Preliminary report on the killing of rats and rat fleas by hydrocyanic acid gas - Number 38
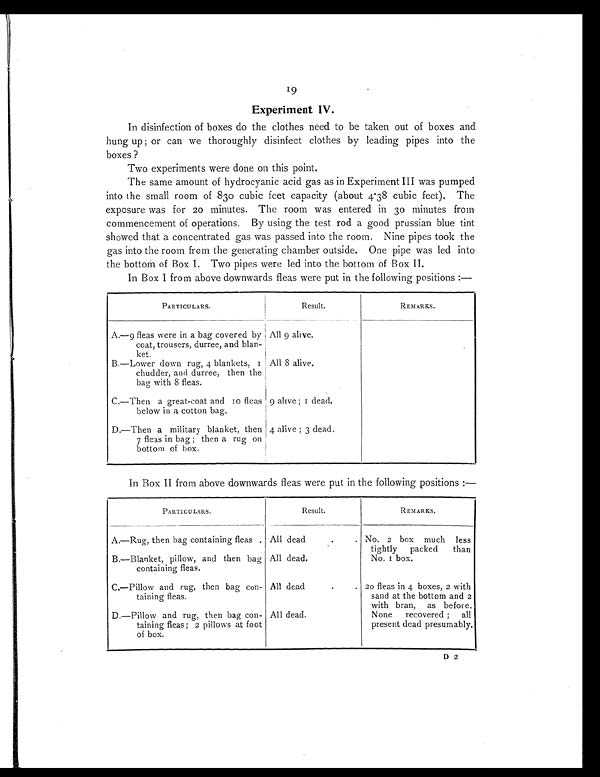
19
Experiment IV.
In disinfection of boxes do the clothes need to be taken out of boxes and
hung up; or can we thoroughly disinfect clothes by leading pipes into the
boxes ?
Two experiments were done on this point.
The same amount of hydrocyanic acid gas as in Experiment III was pumped
into the small room of 830 cubic feet capacity (about 4.38 cubic feet). The
exposure was for 20 minutes. The room was entered in 30 minutes from
commencement of operations. By using the test rod a good prussian blue tint
showed that a concentrated gas was passed into the room. Nine pipes took the
gas into the room from the generating chamber outside. One pipe was led into
the bottom of Box I. Two pipes were led into the bottom of Box II.
In Box I from above downwards fleas were put in the following positions:—
PARTICULARS.
Result.
REMARKS.
A.—9 fleas were in a bag covered by
coat, trousers, durree, and blan-
ket.
All 9 alive.
B.—Lower down rug, 4 blankets, 1
chudder, and durree, then the
bag with 8 fleas.
All 8 alive.
C.—Then a great-coat and 10 fleas
below in a cotton bag.
9 alive; 1 dead.
D.—Then a military blanket, then
7 fleas in bag ; then a rug on
bottom of box.
4 alive; 3 dead.
In Box II from above downwards fleas were put in the following positions :—
PARTICULARS.
Result.
REMARKS.
A.—Rug, then bag containing fleas . All dead
.
. No. 2 box much less
tightly packed than
No. 1 box.
B.—Blanket, pillow, and then bag
containing fleas.
All dead.
C.—Pillow and rug, then bag con-
taining fleas.
All dead
. . 20 fleas in 4 boxes, 2 with
sand at the bottom and 2
with bran, as before.
None recovered ; all
present dead presumably.
D.—Pillow and rug, then bag con-
taining fleas ; 2 pillows at foot
of box.
All dead.
D 2